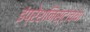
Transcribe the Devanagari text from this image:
इंप्रेशनिस्टांच्या